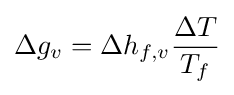
\Delta g_{v}=\Delta h_{f,v}{\frac {\Delta T}{T_{f}}}